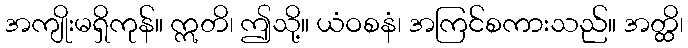
အကျိုးမရှိကုန်။ ဣတိ၊ ဤသို့။ ယံဝစနံ၊ အကြင်စကားသည်။ အတ္ထိ၊